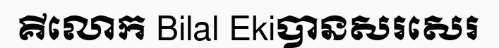
គីលោក Bilal Ekiបានសរសេរ